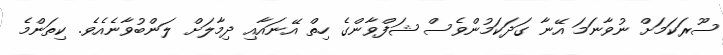
ސޫރަކަމަށް ނުވާނަމަ އޭނާ ގަދަކަމުންވެސް ޝަފްވާންގެ ހިތް އޭނައާއި ދިމާލަށް ލަންބުވާނެއެވެ. ކިތަންމެ